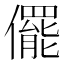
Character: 𠐌